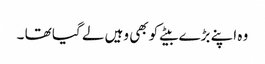
وہ اپنے بڑے بیٹے کو بھی وہیں لے گیا تھا ۔